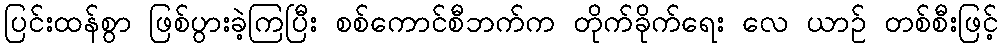
ပြင်းထန်စွာ ဖြစ်ပွားခဲ့ကြပြီး စစ်ကောင်စီဘက်က တိုက်ခိုက်ရေး လေ ယာဉ် တစ်စီးဖြင့်